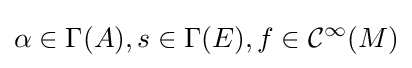
\alpha \in \Gamma (A),s\in \Gamma (E),f\in {\mathcal {C}}^{\infty }(M)